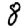
Digit: 8